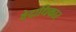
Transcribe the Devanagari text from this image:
वेदाधिकार